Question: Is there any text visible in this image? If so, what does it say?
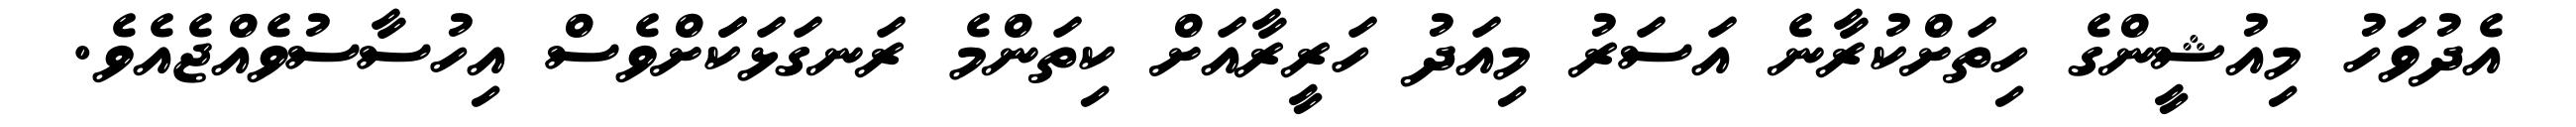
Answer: އެދުވަހު މިއުޝީންގެ ހިތަށްކުރާނެ އަސަރު މިއަދު ހަރީރާއަށް ކިތަންމެ ރަނގަޅަކަަށްވެސް އިހުސާސުވެއްޖެއެވެ.